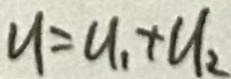
u = u _ { 1 } + u _ { 2 }